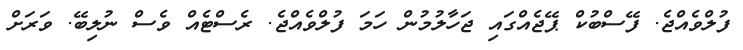
ފުލްވެއްޖެ. ފޭސްބުކް ޕޭޖެއްގައި ޖަހާލުމުން ހަމަ ފުލްވެއްޖެ. ރެސްޓެއް ވެސް ނުލިބޭ. ވަރަށް